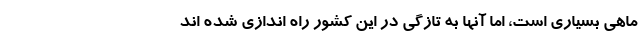
ماهی بسیاری است، اما آنها به تازگی در این کشور راه اندازی شده اند